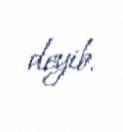
deyib.